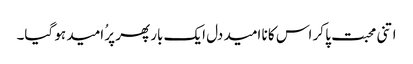
اتنی محبت پا کر اس کا نا امید دل ایک بار پھر پرُ امید ہو گیا۔